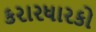
કરારધારકો